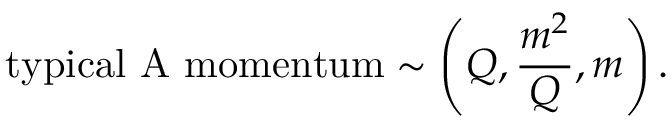
\mathrm { t y p i c a l ~ A ~ m o m e n t u m } \sim \left( Q , \frac { m ^ { 2 } } { Q } , m \right) .